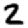
Digit: 2